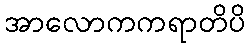
အာလောကကရာတိပိ